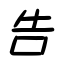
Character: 告